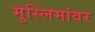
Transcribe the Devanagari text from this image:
मुस्लिमांवर